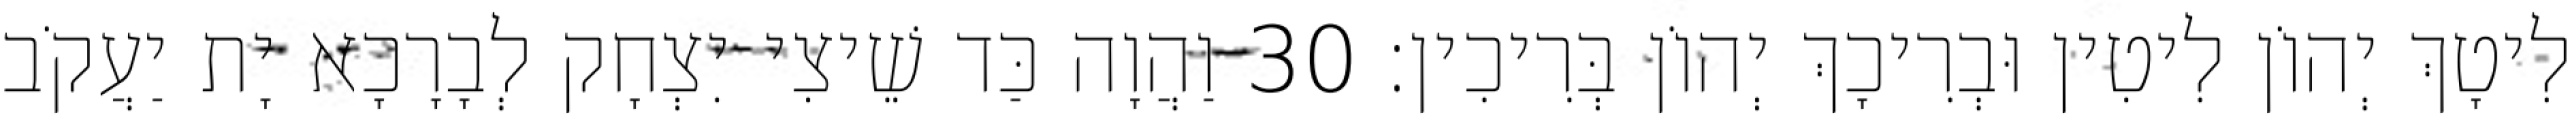
לִיטָךְ יְהוֹן לִיטִין וּבְרִיכָךְ יְהוֹן בְּרִיכִין׃ 30 וַהֲוָה כַּד שֵׁיצִי יִצְחָק לְבָרָכָא יָת יַעֲקֹב